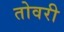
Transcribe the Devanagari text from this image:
तोवरी